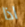
اذا